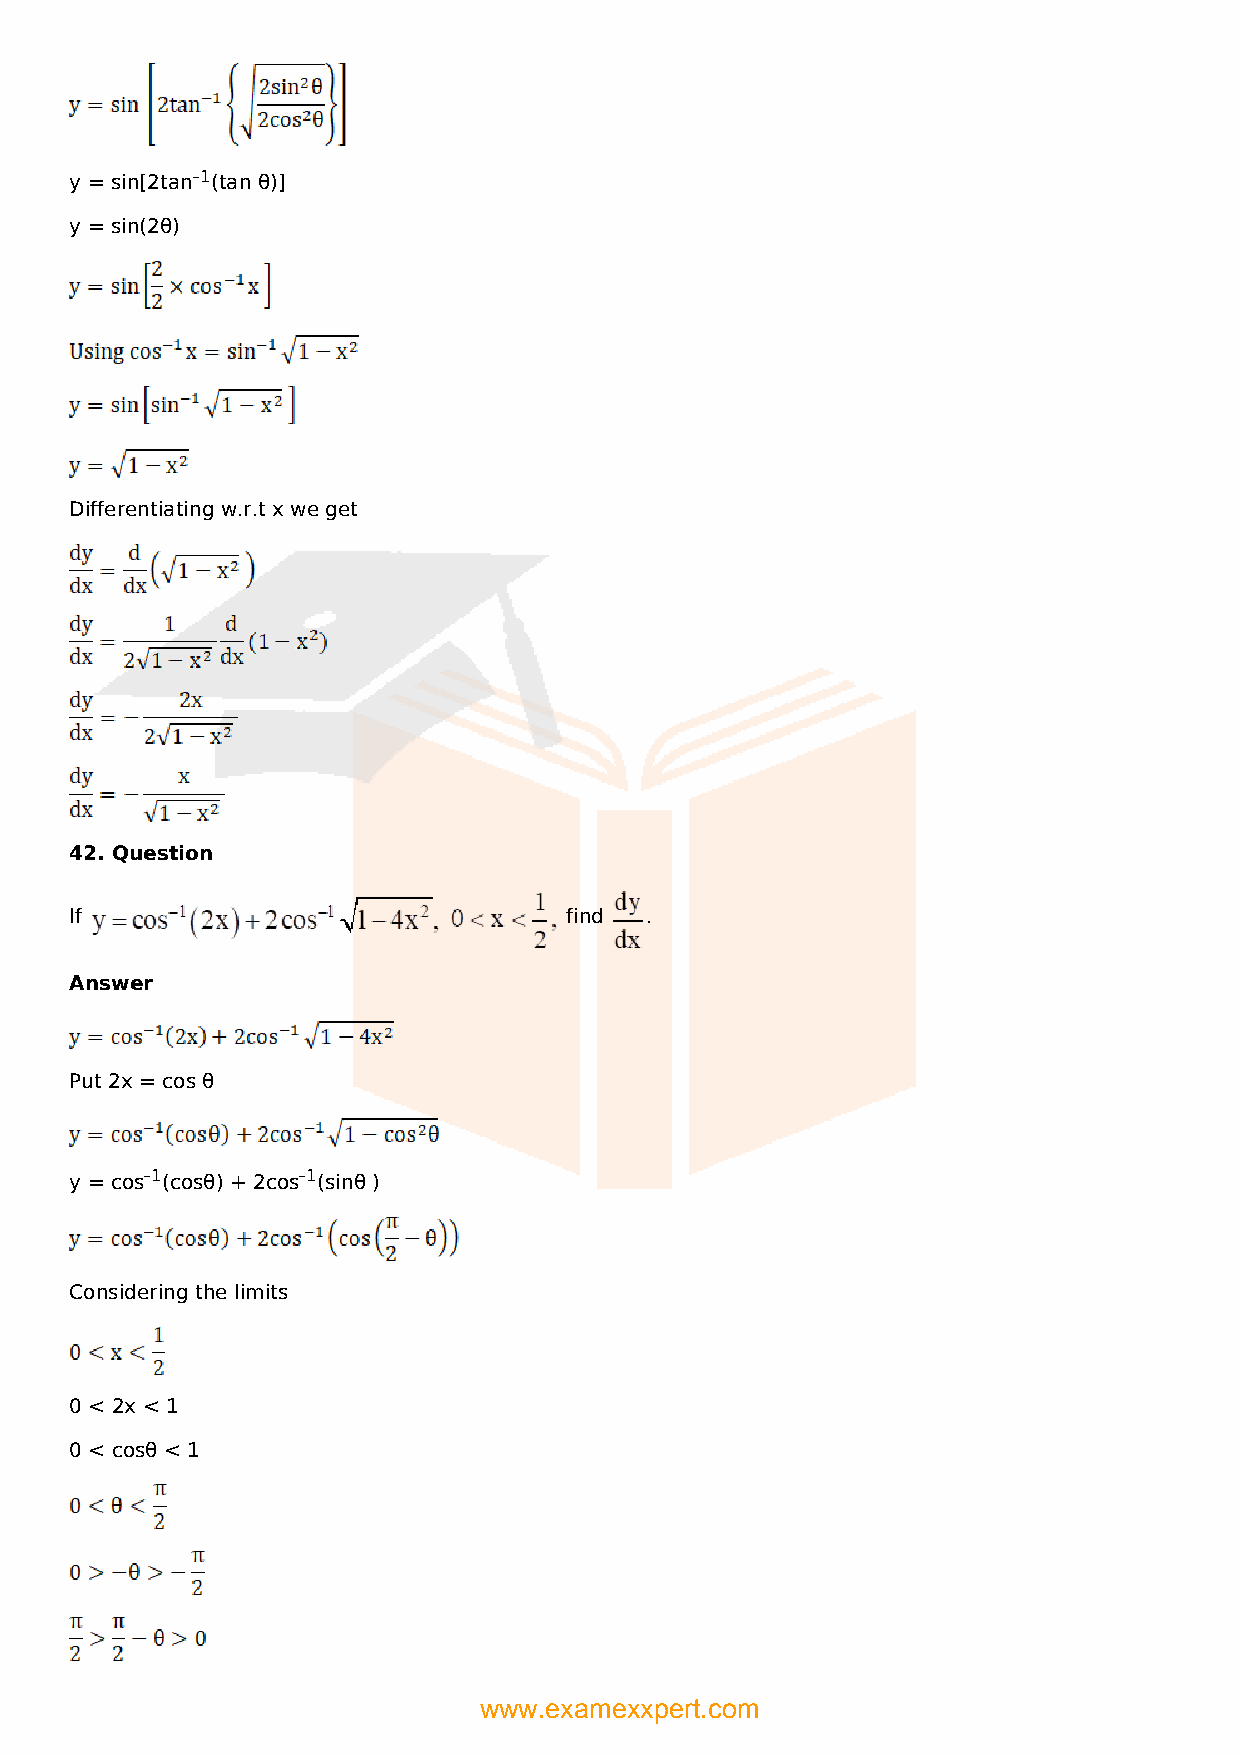
y = sin[2tan–1(tan θ)]
 y = sin(2θ)
 Differentiating w.r.t x we get
 42. Question
 If                              find  .
 Answer
 Put 2x = cos θ
 y = cos–1(cosθ) + 2cos–1(sinθ )
 Considering the limits
 0 < 2x < 1
 0 < cosθ < 1
 www.examexxpert.com